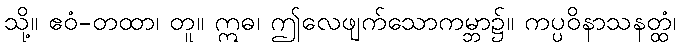
သို့။ ဧဝံ-တထာ၊ တူ။ ဣဓ၊ ဤလေဖျက်သောကမ္ဘာ၌။ ကပ္ပဝိနာသနတ္ထံ၊